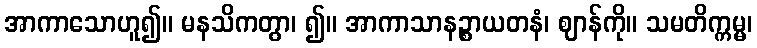
အာကာသောဟူ၍။ မနသိကတွာ၊ ၍။ အာကာသာနဉ္စာယတနံ၊ ဈာန်ကို။ သမတိက္ကမ္မ၊